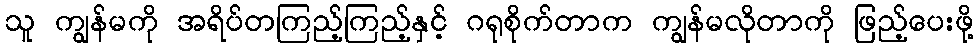
သူ ကျွန်မကို အရိပ်တကြည့်ကြည့်နှင့် ဂရုစိုက်တာက ကျွန်မလိုတာကို ဖြည့်ပေးဖို့